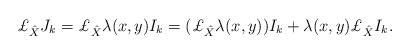
LaTeX: \begin{align*}{\pounds}_{\hat{X}}{J_k} ={\pounds}_{\hat{X}}\lambda(x,y)I_{k}=({\pounds}_{\hat{X}}\lambda(x,y))I_{k}+\lambda(x,y){\pounds}_{\hat{X}}I_k.\end{align*}